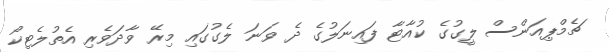
ޗެމްޕިއަންސް ލީގުގެ ކުއާޓާ ފައިނަލުގެ ދެ ވަނަ ލެގުގައި މިރޭ ވާދަވެރި އެތުލެޓިކޯ